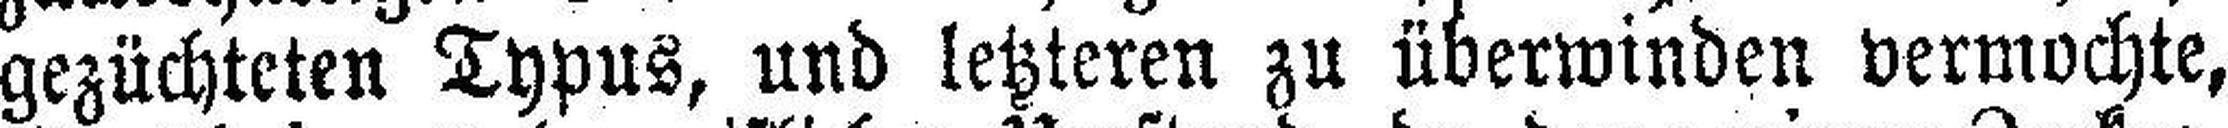
gezüchteten Typus, und letzteren zu überwinden vermochte,